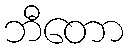
ဘီတော